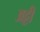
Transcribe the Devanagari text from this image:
अट्टी